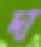
দা